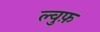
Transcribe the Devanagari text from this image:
ल्वुफ़